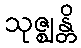
သုဇ္ဈန္တိ